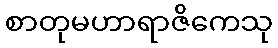
စာတုမဟာရာဇိကေသု